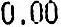
0.00